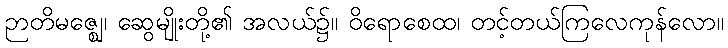
ဉာတိမဇ္ဈေ၊ ဆွေမျိုးတို့၏ အလယ်၌။ ဝိရောစေထ၊ တင့်တယ်ကြလေကုန်လော။